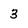
Character: 3